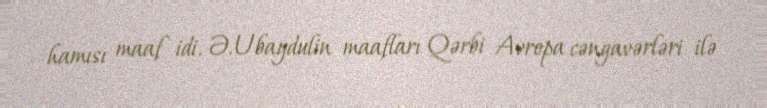
hamısı maaf idi. Ə.Ubaydulin maafları Qərbi Avropa cəngavərləri ilə